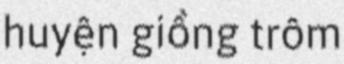
huyện giồng trôm